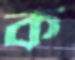
ক